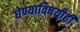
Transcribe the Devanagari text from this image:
घेण्याविषयीही